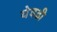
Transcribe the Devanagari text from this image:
येवढी